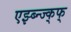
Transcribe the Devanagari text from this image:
एझ्ब्न्ज्क्फ्